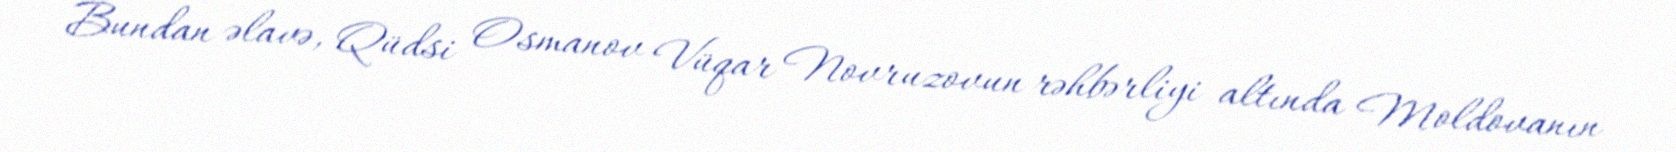
Bundan əlavə, Qüdsi Osmanov Vüqar Novruzovun rəhbərliyi altında Moldovanın